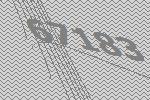
67183